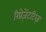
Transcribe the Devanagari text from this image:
रिप्रेज़ेंटटिव्ज़